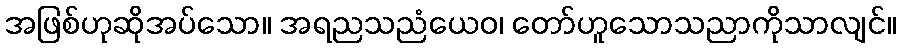
အဖြစ်ဟုဆိုအပ်သော။ အရညသညံယေဝ၊ တော်ဟူသောသညာကိုသာလျင်။